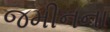
જમીનના